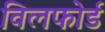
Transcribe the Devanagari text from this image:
विलफोर्ड